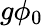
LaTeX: g\phi_{0}